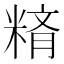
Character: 𥺪